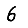
Digit: 6